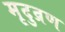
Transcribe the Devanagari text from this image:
मृदुव्रण